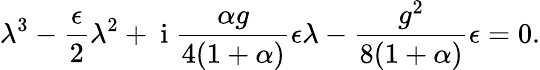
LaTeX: \lambda^{3}-\frac{\epsilon}{2}\lambda^{2}+\mathrm{~i~}\frac{\alpha g}{4(1+\alpha)}\epsilon\lambda-\frac{g^{2}}{8(1+\alpha)}\epsilon=0.